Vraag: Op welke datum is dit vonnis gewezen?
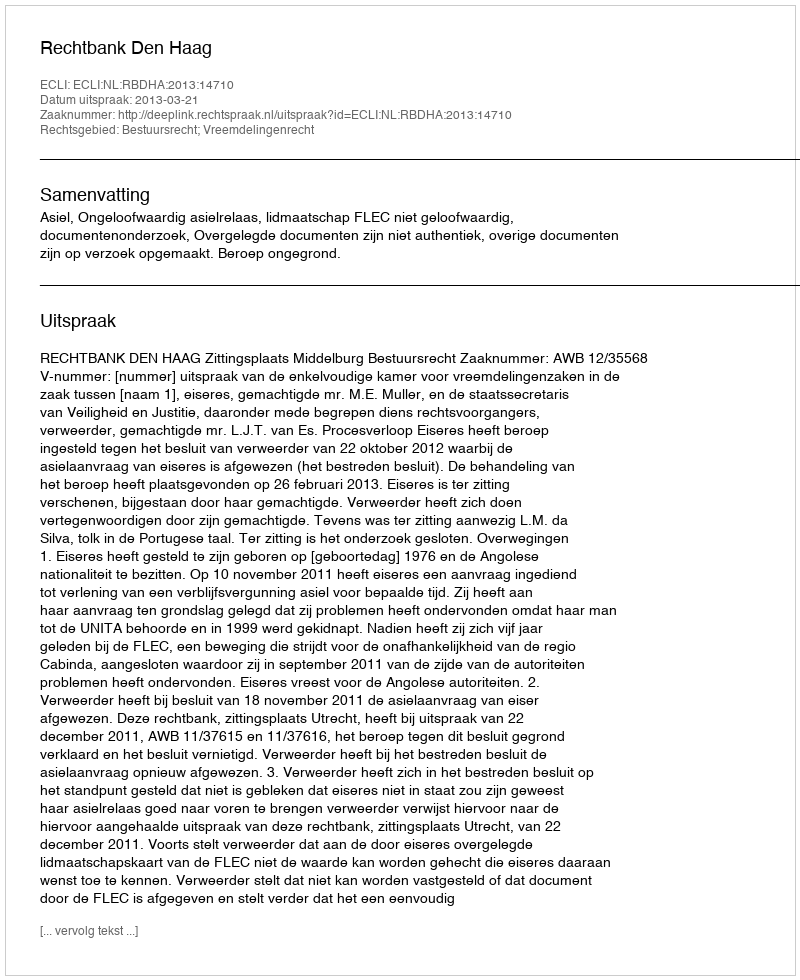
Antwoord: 2013-03-21